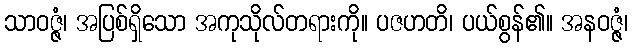
သာဝဇ္ဇံ၊ အပြစ်ရှိသော အကုသိုလ်တရားကို။ ပဇဟတိ၊ ပယ်စွန်၏။ အနဝဇ္ဇံ၊